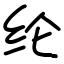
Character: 纶